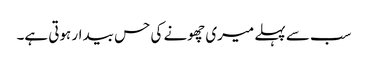
سب سے پہلے میری چھونے کی حس بیدار ہوتی ہے۔